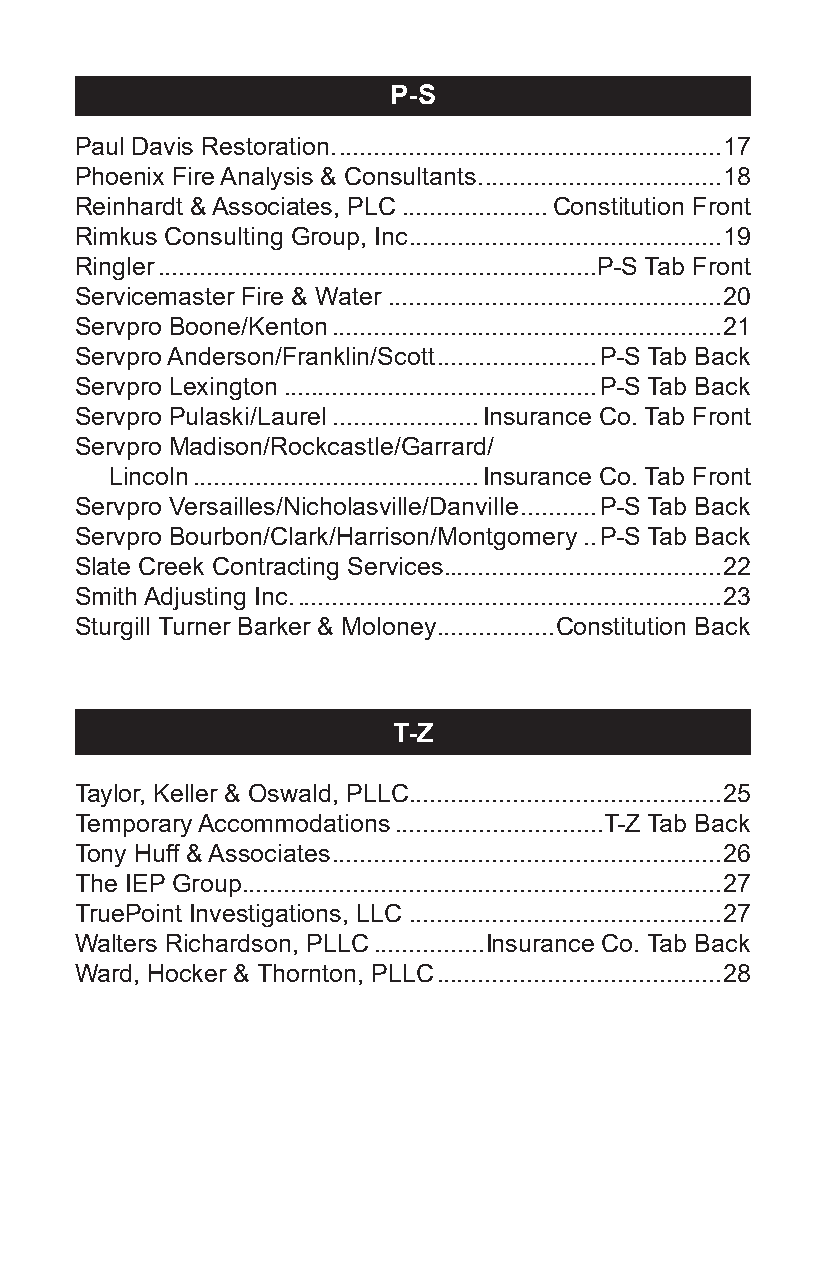
P-S
 Paul Davis Restoration. .......................................................17
 Phoenix Fire Analysis & Consultants. ..................................18
 Reinhardt & Associates, PLC .....................Constitution Front
 Rimkus Consulting Group, Inc .............................................19
 Ringler ...............................................................P-S Tab Front
 Servicemaster Fire & Water ................................................20
 Servpro Boone/Kenton ........................................................21
 Servpro Anderson/Franklin/Scott .......................P-S Tab Back
 Servpro Lexington .............................................P-S Tab Back
 Servpro Pulaski/Laurel .....................Insurance Co. Tab Front
 Servpro Madison/Rockcastle/Garrard/
 Lincoln .........................................Insurance Co. Tab Front
 Servpro Versailles/Nicholasville/Danville ...........P-S Tab Back
 Servpro Bourbon/Clark/Harrison/Montgomery ..P-S Tab Back
 Slate Creek Contracting Services........................................22
 Smith Adjusting Inc. .............................................................23
 Sturgill Turner Barker & Moloney.................Constitution Back
 T-Z
 Taylor, Keller & Oswald, PLLC.............................................25
 Temporary Accommodations ..............................T-Z Tab Back
 Tony Huff & Associates ........................................................26
 The IEP Group .....................................................................27
 TruePoint Investigations, LLC .............................................27
 Walters Richardson, PLLC ................Insurance Co. Tab Back
 Ward, Hocker & Thornton, PLLC .........................................28